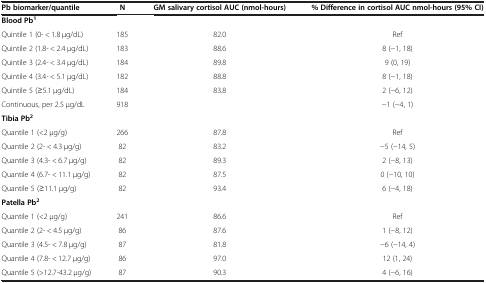
<table><thead><tr><td><b>Pb biomarker/quantile</b></td><td><b>N</b></td><td><b>GM salivary cortisol AUC (nmol-hours)</b></td><td><b>% Difference in cortisol AUC nmol-hours (95% CI)</b></td></tr></thead><tbody><tr><td><b>Blood Pb</b><sup><b>1</b></sup></td><td> </td><td> </td><td> </td></tr><tr><td>Quintile 1 (0- &lt; 1.8 μg/dL)</td><td>185</td><td>82.0</td><td>Ref</td></tr><tr><td>Quintile 2 (1.8- &lt; 2.4 μg/dL)</td><td>183</td><td>88.6</td><td>8 (−1, 18)</td></tr><tr><td>Quintile 3 (2.4- &lt; 3.4 μg/dL)</td><td>184</td><td>89.8</td><td>9 (0, 19)</td></tr><tr><td>Quintile 4 (3.4- &lt; 5.1 μg/dL)</td><td>182</td><td>88.8</td><td>8 (−1, 18)</td></tr><tr><td>Quintile 5 (≥5.1 μg/dL)</td><td>184</td><td>83.8</td><td>2 (−6, 12)</td></tr><tr><td>Continuous, per 2.5 μg/dL</td><td>918</td><td> </td><td>−1 (−4, 1)</td></tr><tr><td><b>Tibia Pb</b><sup><b>2</b></sup></td><td> </td><td> </td><td> </td></tr><tr><td>Quantile 1 (&lt;2 μg/g)</td><td>266</td><td>87.8</td><td>Ref</td></tr><tr><td>Quantile 2 (2- &lt; 4.3 μg/g)</td><td>82</td><td>83.2</td><td>−5 (−14, 5)</td></tr><tr><td>Quantile 3 (4.3- &lt; 6.7 μg/g)</td><td>82</td><td>89.3</td><td>2 (−8, 13)</td></tr><tr><td>Quantile 4 (6.7- &lt; 11.1 μg/g)</td><td>82</td><td>87.5</td><td>0 (−10, 10)</td></tr><tr><td>Quantile 5 (≥11.1 μg/g)</td><td>82</td><td>93.4</td><td>6 (−4, 18)</td></tr><tr><td><b>Patella Pb</b><sup><b>2</b></sup></td><td> </td><td> </td><td> </td></tr><tr><td>Quantile 1 (&lt;2 μg/g)</td><td>241</td><td>86.6</td><td>Ref</td></tr><tr><td>Quantile 2 (2- &lt; 4.5 μg/g)</td><td>86</td><td>87.6</td><td>1 (−8, 12)</td></tr><tr><td>Quantile 3 (4.5- &lt; 7.8 μg/g)</td><td>87</td><td>81.8</td><td>−6 (−14, 4)</td></tr><tr><td>Quantile 4 (7.8- &lt; 12.7 μg/g)</td><td>86</td><td>97.0</td><td>12 (1, 24)</td></tr><tr><td>Quantile 5 (&gt;12.7-43.2 μg/g)</td><td>87</td><td>90.3</td><td>4 (−6, 16)</td></tr></tbody></table>